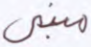
مبني